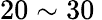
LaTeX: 20\sim 30\